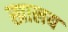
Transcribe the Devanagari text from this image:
खालय